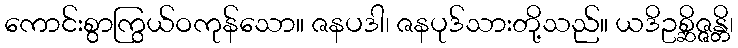
ကောင်းစွာကြွယ်ဝကုန်သော။ ဇနပဒါ၊ ဇနပုဒ်သားတို့သည်။ ယဒိဥစ္ဆိဇ္ဇန္တိ၊